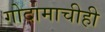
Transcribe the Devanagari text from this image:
गोदामाचीही